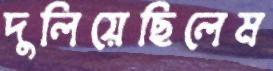
দুলিয়েছিলেম